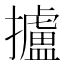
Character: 攎